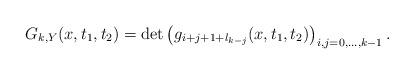
LaTeX: \begin{align*}G_{k,Y}(x,t_1,t_2)=\det\left( g_{i+j+1+l_{k-j}}(x,t_1,t_2) \right)_{i,j=0,\ldots,k-1}.\end{align*}